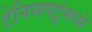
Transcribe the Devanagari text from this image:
टेनिसपटूंमध्ये